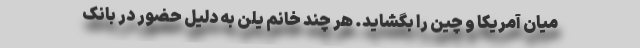
میان آمریکا و چین را بگشاید. هر چند خانم یلن به دلیل حضور در بانک